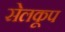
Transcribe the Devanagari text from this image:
सेलकूप